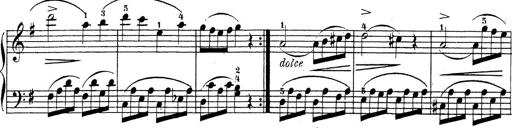
Title: 4 Sonatinas
Composer: Jacob Schmitt